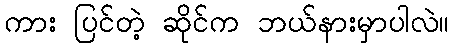
ကား ပြင်တဲ့ ဆိုင်က ဘယ်နားမှာပါလဲ။